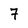
Character: 7